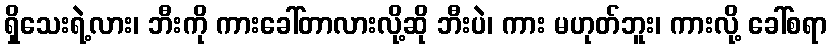
ရှိသေးရဲ့လား၊ ဘီးကို ကားခေါ်တာလားလို့ဆို ဘီးပဲ၊ ကား မဟုတ်ဘူး၊ ကားလို့ ခေါ်စရာ